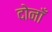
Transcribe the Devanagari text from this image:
दोनाँ